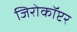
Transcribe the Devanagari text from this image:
जिरोकॉप्टर